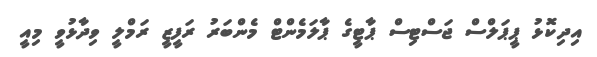
އިދިކޮޅު ޕީޕަލްސް ޖަސްޓިސް ޕާޓީގެ ޕާލަމެންޓް މެންބަރު ރަފީޒީ ރަމްލީ ވިދާޅުވީ މިއީ